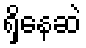
ရှိနေဆဲ